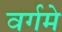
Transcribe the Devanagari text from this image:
वर्गमे